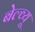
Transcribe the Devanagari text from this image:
बेल्व्यू